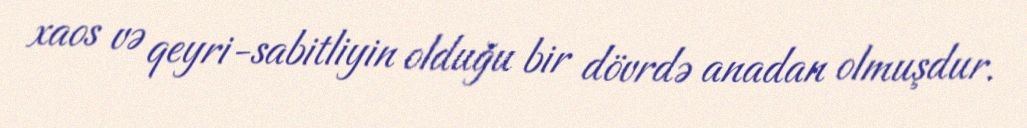
xaos və qeyri-sabitliyin olduğu bir dövrdə anadan olmuşdur.